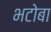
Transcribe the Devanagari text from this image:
भटोबा